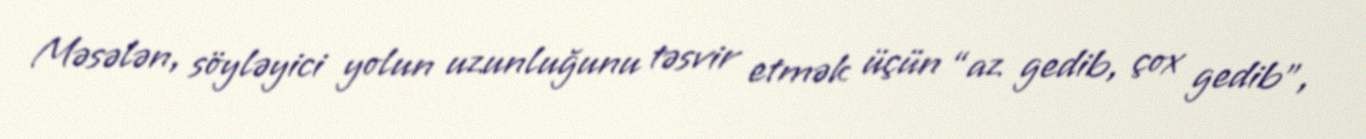
Məsələn, söyləyici yolun uzunluğunu təsvir etmək üçün “az gedib, çox gedib”,